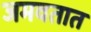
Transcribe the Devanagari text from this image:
जमवतात